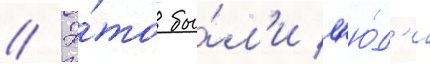
// Э́то бы́л'и л'ю́д'и